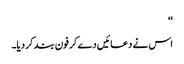
‘‘
اس نے دعائیں دے کر فون بند کر دیا۔